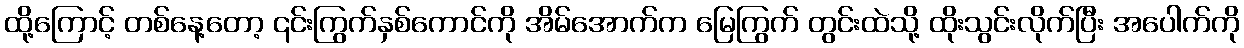
ထို့ကြောင့် တစ်နေ့တော့ ၎င်းကြွက်နှစ်ကောင်ကို အိမ်အောက်က မြေကြွက် တွင်းထဲသို့ ထိုးသွင်းလိုက်ပြီး အပေါက်ကို